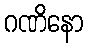
ဂဏိနော